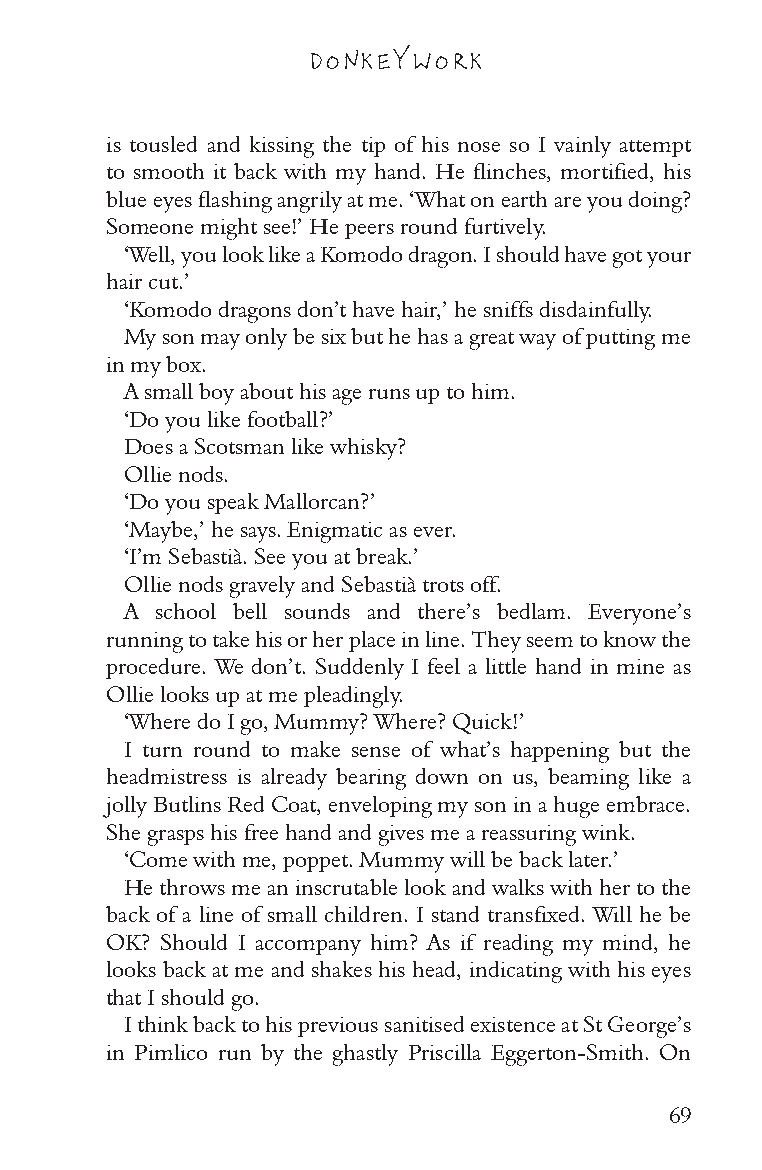
DONKEY WORK
 is tousled and kissing the tip of his nose so I vainly attempt
 to smooth it back with my hand. He flinches, mortified, his
 blue eyes flashing angrily at me. ‘What on earth are you doing?
 Someone might see!’ He peers round furtively.
 ‘Well, you look like a Komodo dragon. I should have got your
 hair cut.’
 ‘Komodo dragons don’t have hair,’ he sniffs disdainfully.
 My son may only be six but he has a great way of putting me
 in my box.
 A small boy about his age runs up to him.
 ‘Do you like football?’
 Does a Scotsman like whisky?
 Ollie nods.
 ‘Do you speak Mallorcan?’
 ‘Maybe,’ he says. Enigmatic as ever.
 ‘I’m Sebastià. See you at break.’
 Ollie nods gravely and Sebastià trots off.
 A school bell sounds and there’s bedlam. Everyone’s
 running to take his or her place in line. They seem to know the
 procedure. We don’t. Suddenly I feel a little hand in mine as
 Ollie looks up at me pleadingly.
 ‘Where do I go, Mummy? Where? Quick!’
 I turn round to make sense of what’s happening but the
 headmistress is already bearing down on us, beaming like a
 jolly Butlins Red Coat, enveloping my son in a huge embrace.
 She grasps his free hand and gives me a reassuring wink.
 ‘Come with me, poppet. Mummy will be back later.’
 He throws me an inscrutable look and walks with her to the
 back of a line of small children. I stand transfixed. Will he be
 OK? Should I accompany him? As if reading my mind, he
 looks back at me and shakes his head, indicating with his eyes
 that I should go.
 I think back to his previous sanitised existence at St George’s
 in Pimlico run by the ghastly Priscilla Eggerton-Smith. On
 69